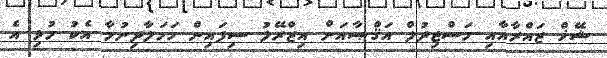
ޝޭޚް ޒައްރާއާއި މަސްޖިދުލް އަޤްޞާއަށް އިޒްރޭލު ސިފައިން ހަމަލާދިނުމާ އެކު މުޅި އެ